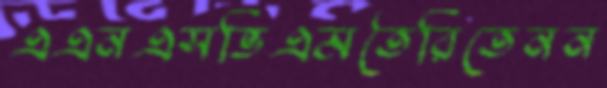
এএনএসভিএমতৈরিতেনন